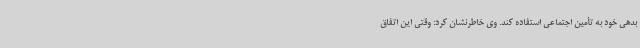
بدهی خود به تأمین اجتماعی استفاده کند. وی خاطرنشان کرد: وقتی این اتفاق